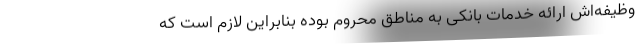
وظیفه‌اش ارائه خدمات بانکی به مناطق محروم بوده بنابراین لازم است که